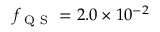
f _ { \mathrm { ~ Q ~ S ~ } } = 2 . 0 \times 1 0 ^ { - 2 }